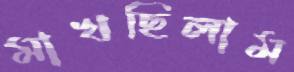
মাখছিলাম